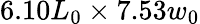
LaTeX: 6.10L_{0}\times 7.53w_{0}